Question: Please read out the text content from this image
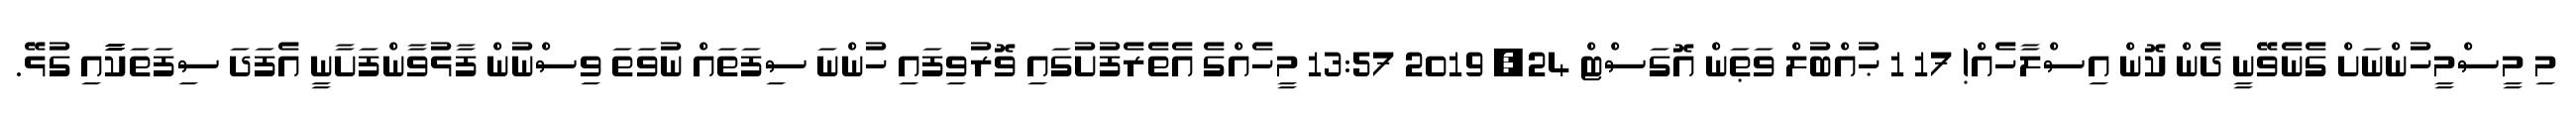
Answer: މި މީސްމީހުންނަށް ގެނެވޭނީ ދެން ކޮން އިސްލާހެއް! 17 1 ޙުއްބުލް ވަޠަން އޮގަސްޓް 24, 2019 13:57 މީހެއްގެ އެތެރެފުށުގައި ވޮރުވިފައި ހުންނަ ސިފަތައް ނުވަތަ ވިސްނުން ފާޅުވާންފަށާނީ އެފަދަ ސިފަތަކާާާާއި ގުޅޭ.